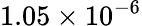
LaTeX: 1.05\times 10^{-6}